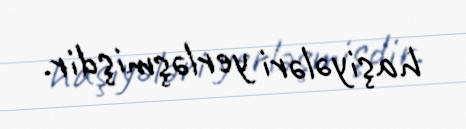
haşiyələri yerləşmişdir.